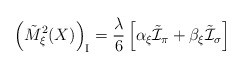
\begin{align*}\left( \tilde{M}_\xi^2 (X) \right)_{\mbox{\scriptsize{I}}} = \frac{\lambda}{6} \left[ \alpha_\xi \tilde{\cal I}_\pi + \beta_\xi \tilde{\cal I}_\sigma \right] \end{align*}